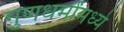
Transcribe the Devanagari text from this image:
गुणधर्मांमध्ये